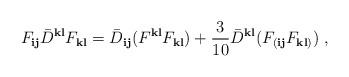
LaTeX: \begin{align*}F_{{\mathbf i}{\mathbf j}} {\bar D}^{{\mathbf k}{\mathbf l}}F_{{\mathbf k}{\mathbf l}} = {\bar D}_{{\mathbf i}{\mathbf j}}(F^{{\mathbf k}{\mathbf l}}F_{{\mathbf k}{\mathbf l}} ) + \frac{3}{10} {\bar D}^{{\mathbf k}{\mathbf l}}( F_{({\mathbf i}{\mathbf j}}F_{{\mathbf k}{\mathbf l})})\ , \end{align*}